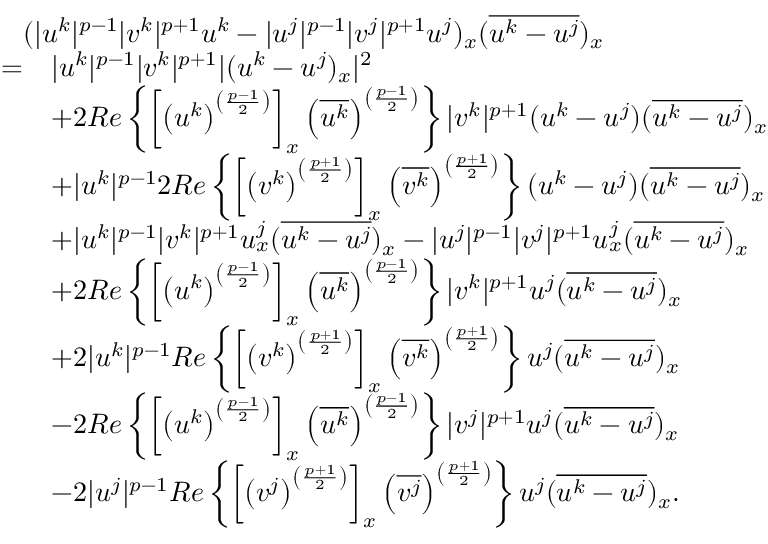
\begin{array} { r l } { \lefteqn { ( | u ^ { k } | ^ { p - 1 } | v ^ { k } | ^ { p + 1 } u ^ { k } - | u ^ { j } | ^ { p - 1 } | v ^ { j } | ^ { p + 1 } u ^ { j } ) _ { x } ( \overline { { u ^ { k } - u ^ { j } } } ) _ { x } } } \\ { = } & { | u ^ { k } | ^ { p - 1 } | v ^ { k } | ^ { p + 1 } | ( u ^ { k } - u ^ { j } ) _ { x } | ^ { 2 } } \\ & { + 2 R e \left\{ \left[ \left( u ^ { k } \right) ^ { \left( \frac { p - 1 } { 2 } \right) } \right] _ { x } \left( \overline { { u ^ { k } } } \right) ^ { \left( \frac { p - 1 } { 2 } \right) } \right\} | v ^ { k } | ^ { p + 1 } ( u ^ { k } - u ^ { j } ) ( \overline { { u ^ { k } - u ^ { j } } } ) _ { x } } \\ & { + | u ^ { k } | ^ { p - 1 } 2 R e \left\{ \left[ \left( v ^ { k } \right) ^ { \left( \frac { p + 1 } { 2 } \right) } \right] _ { x } \left( \overline { { v ^ { k } } } \right) ^ { \left( \frac { p + 1 } { 2 } \right) } \right\} ( u ^ { k } - u ^ { j } ) ( \overline { { u ^ { k } - u ^ { j } } } ) _ { x } } \\ & { + | u ^ { k } | ^ { p - 1 } | v ^ { k } | ^ { p + 1 } u _ { x } ^ { j } ( \overline { { u ^ { k } - u ^ { j } } } ) _ { x } - | u ^ { j } | ^ { p - 1 } | v ^ { j } | ^ { p + 1 } u _ { x } ^ { j } ( \overline { { u ^ { k } - u ^ { j } } } ) _ { x } } \\ & { + 2 R e \left\{ \left[ \left( u ^ { k } \right) ^ { \left( \frac { p - 1 } { 2 } \right) } \right] _ { x } \left( \overline { { u ^ { k } } } \right) ^ { \left( \frac { p - 1 } { 2 } \right) } \right\} | v ^ { k } | ^ { p + 1 } u ^ { j } ( \overline { { u ^ { k } - u ^ { j } } } ) _ { x } } \\ & { + 2 | u ^ { k } | ^ { p - 1 } R e \left\{ \left[ \left( v ^ { k } \right) ^ { \left( \frac { p + 1 } { 2 } \right) } \right] _ { x } \left( \overline { { v ^ { k } } } \right) ^ { \left( \frac { p + 1 } { 2 } \right) } \right\} u ^ { j } ( \overline { { u ^ { k } - u ^ { j } } } ) _ { x } } \\ & { - 2 R e \left\{ \left[ \left( u ^ { k } \right) ^ { \left( \frac { p - 1 } { 2 } \right) } \right] _ { x } \left( \overline { { u ^ { k } } } \right) ^ { \left( \frac { p - 1 } { 2 } \right) } \right\} | v ^ { j } | ^ { p + 1 } u ^ { j } ( \overline { { u ^ { k } - u ^ { j } } } ) _ { x } } \\ & { - 2 | u ^ { j } | ^ { p - 1 } R e \left\{ \left[ \left( v ^ { j } \right) ^ { \left( \frac { p + 1 } { 2 } \right) } \right] _ { x } \left( \overline { { v ^ { j } } } \right) ^ { \left( \frac { p + 1 } { 2 } \right) } \right\} u ^ { j } ( \overline { { u ^ { k } - u ^ { j } } } ) _ { x } . } \end{array}